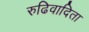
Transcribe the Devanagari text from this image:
रुढिवादिता